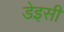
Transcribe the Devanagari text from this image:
डेइसी